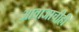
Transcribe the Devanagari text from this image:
आवाजाचीही